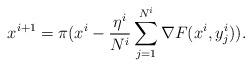
LaTeX: \begin{align*} x^{i+1}=\pi(x^i-\frac{\eta^i}{N^i}\sum_{j=1}^{N^i} \nabla F(x^i,y_j^i)).\end{align*}